Punjab Mental Hospital Lahore 1922-31 - 1922-1931
Year: 1922
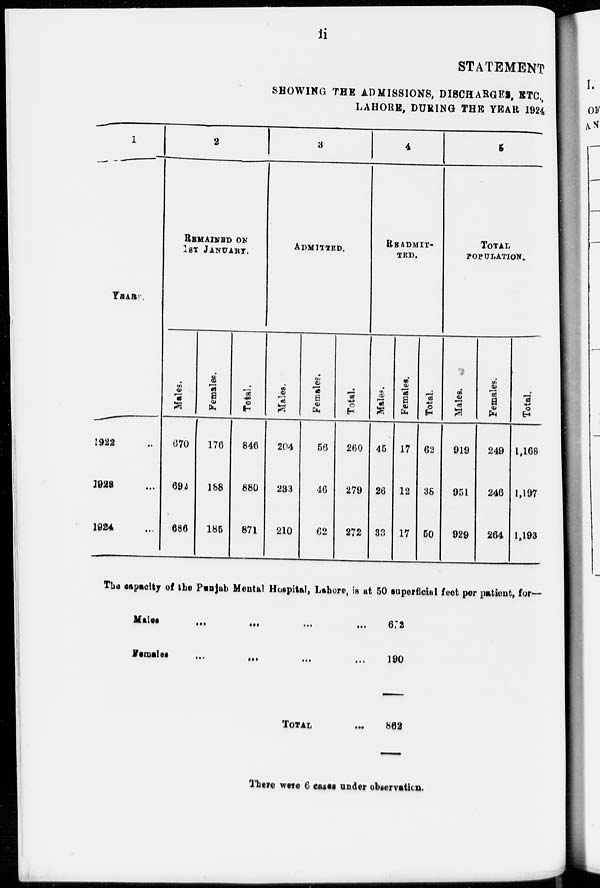
ii
STATEMENT
SHOWING THE ADMISSIONS, DISCHARGES, ETC.,
LAHORE, DURING THE YEAR 1924
1
YEARS.
1922 ...
1923 ...
1924 ...
2
REMAINED ON
1ST JANUARY.
Males.
670
692
686
Females.
176
188
185
Total.
846
880
871
3
ADMITTED.
Males.
204
233
210
Females.
56
46
62
Total.
260
279
272
4
READMIT-
TED.
Males.
45
26
33
Females.
17
12
17
Total.
62
38
50
5
TOTAL
POPULATION.
Males.
919
951
929
Females.
249
246
264
Total.
1,168
1,197
1,193
The capacity of the Punjab Mental Hospital, Lahore, is at 50 superficial feet per patient, for ––
Males
...
...
...
...
Females ... ... ... ...
TOTAL
...
672
190
862
There were 6 cases under observation.